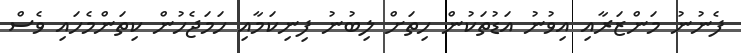
ފެނުނު މަންޒަރާއި އިވުނު އަޑުތަކުން ހިތަށް ލިބުނު ފިނިކަމާއި ހަމަޖެހުން ކިތަންމެހައި ވެސް